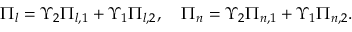
\Pi _ { l } = \Upsilon _ { 2 } \Pi _ { l , 1 } + \Upsilon _ { 1 } \Pi _ { l , 2 } , \quad \Pi _ { n } = \Upsilon _ { 2 } \Pi _ { n , 1 } + \Upsilon _ { 1 } \Pi _ { n , 2 } .